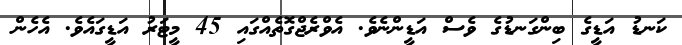
ކަނޑު އަޑީގެ ބިންގަނޑުގެ ވެސް އަޑީންނެވެ. އެވްރެޖްގޮތެއްގައި 45 މީޓަރު އަޑީގައެވެ. އެހެން